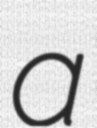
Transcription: a